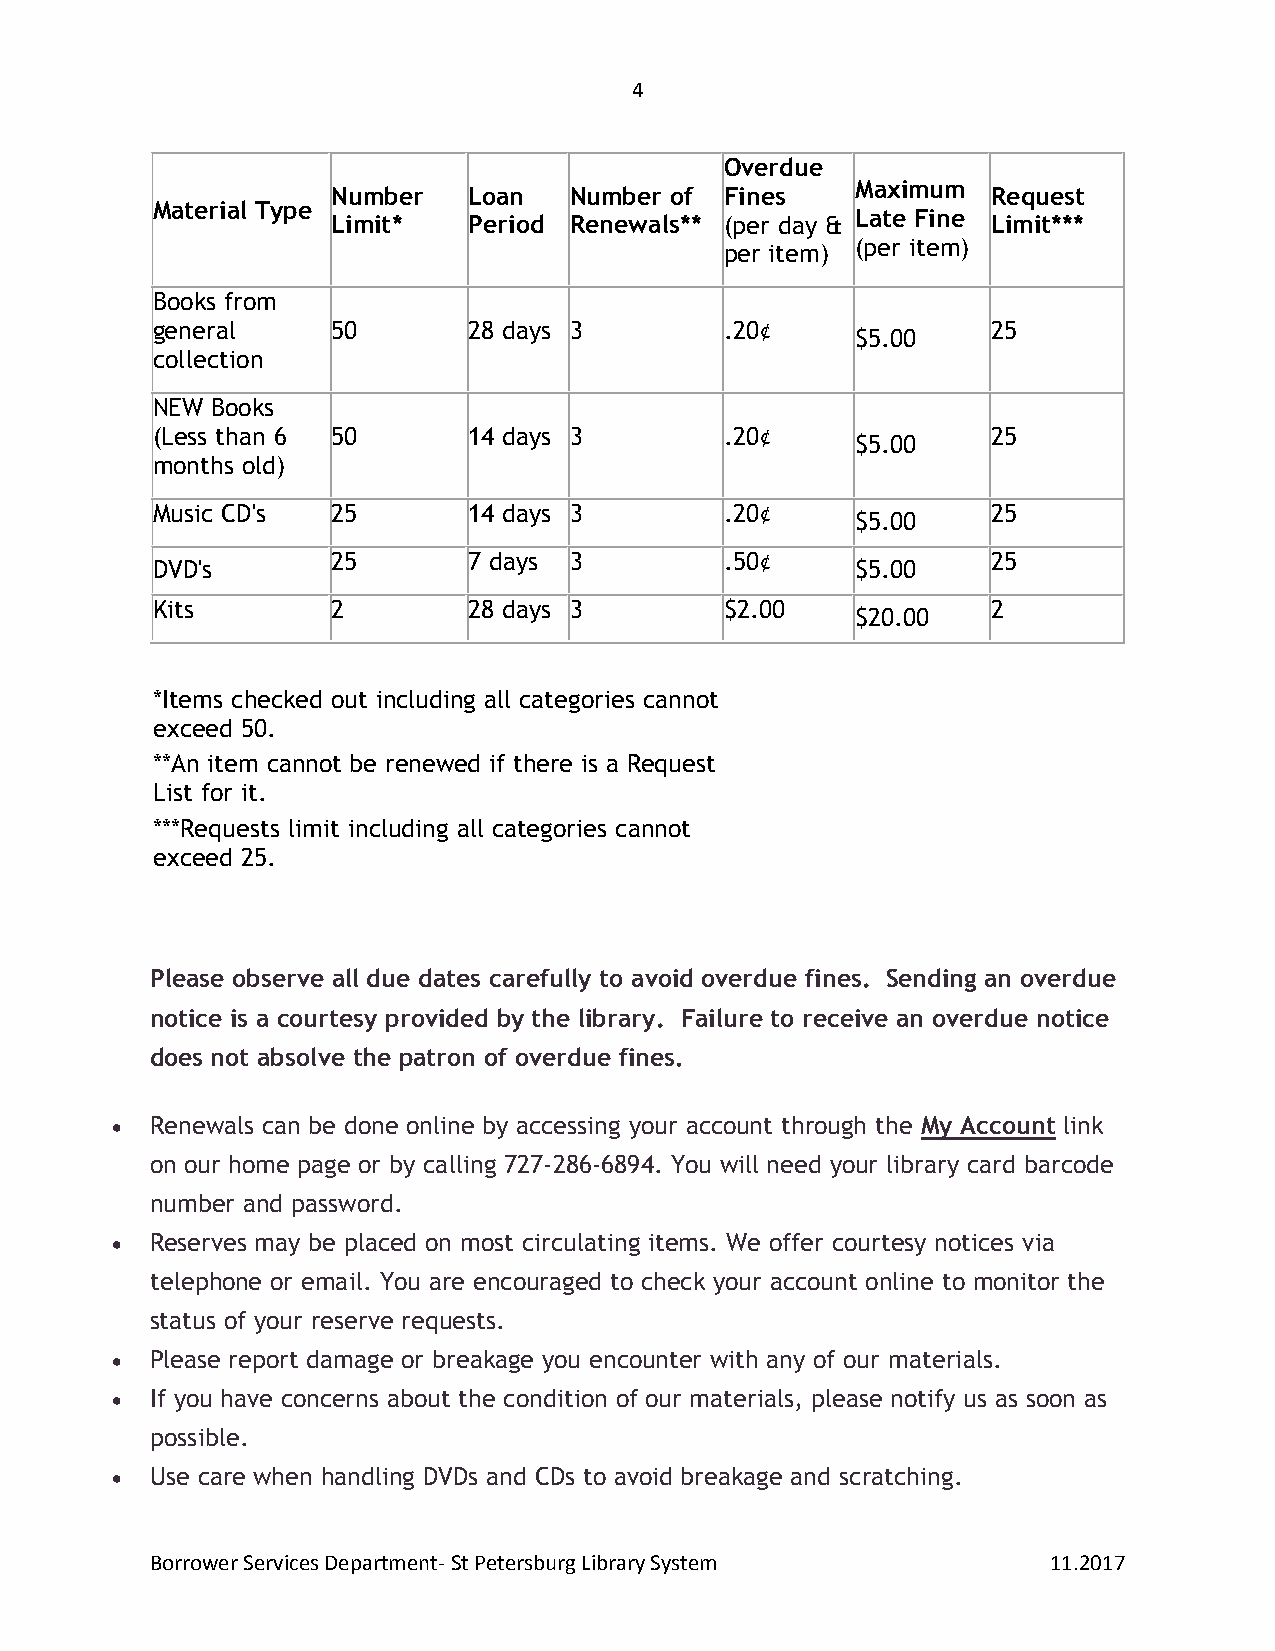
4
 Overdue
 Maximum
 Number   Loan   Number of Fines             Request
 Material Type
 Late Fine
 Limit*   Period Renewals** (per day &       Limit***
 (per item)
 per item)
 Books from
 general     50       28 days 3        .20¢              25
 $5.00
 collection
 NEW Books
 (Less than 6 50      14 days 3        .20¢              25
 $5.00
 months old)
 Music CD's  25       14 days 3        .20¢              25
 $5.00
 25       7 days 3         .50¢              25
 DVD's                                          $5.00
 Kits        2        28 days 3        $2.00             2
 $20.00
 *Items checked out including all categories cannot
 exceed 50.
 **An item cannot be renewed if there is a Request
 List for it.
 ***Requests limit including all categories cannot
 exceed 25.
 Please observe all due dates carefully to avoid overdue fines. Sending an overdue
 notice is a courtesy provided by the library. Failure to receive an overdue notice
 does not absolve the patron of overdue fines.
   Renewals can be done online by accessing your account through the My Account link
 on our home page or by calling 727-286-6894. You will need your library card barcode
 number and password.
   Reserves may be placed on most circulating items. We offer courtesy notices via
 telephone or email. You are encouraged to check your account online to monitor the
 status of your reserve requests.
   Please report damage or breakage you encounter with any of our materials.
   If you have concerns about the condition of our materials, please notify us as soon as
 possible.
   Use care when handling DVDs and CDs to avoid breakage and scratching.
 Borrower Services Department- St Petersburg Library System 11.2017